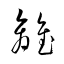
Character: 離